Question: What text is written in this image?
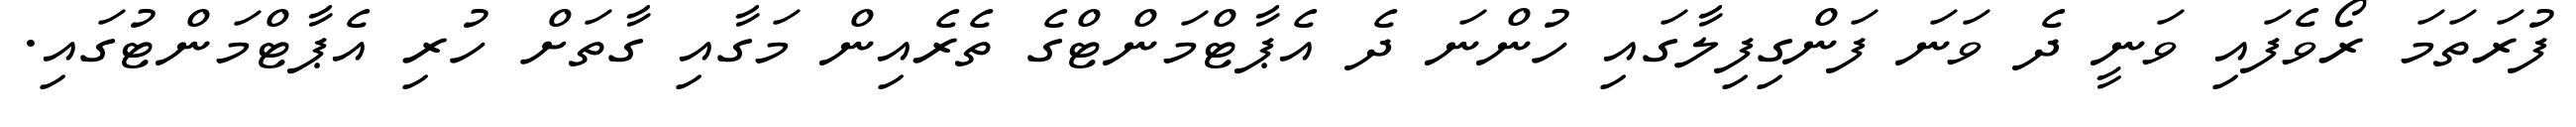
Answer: ފުރަތަމަ ރޯވެފައި ވަނީ ދެ ވަނަ ފަންގިފިލާގައި ހުންނަ ދެ އެޕާޓްމަންޓްގެ ތެރެއިން މަގާއި ގާތަށް ހުރި އެޕާޓްމަންޓުގައި.